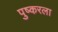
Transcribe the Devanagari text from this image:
पुष्करला